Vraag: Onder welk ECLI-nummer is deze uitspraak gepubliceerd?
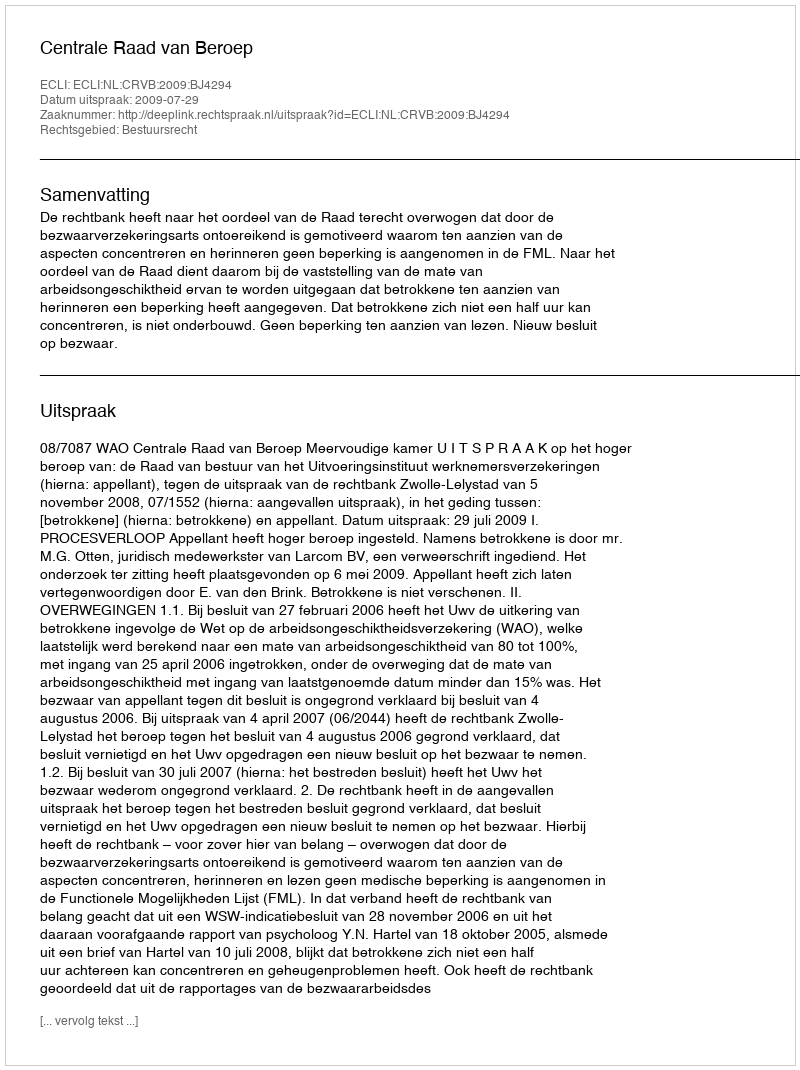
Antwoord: ECLI:NL:CRVB:2009:BJ4294